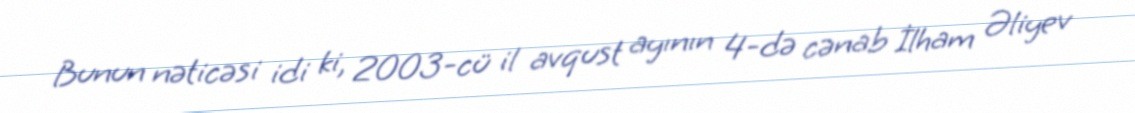
Bunun nəticəsi idi ki, 2003-cü il avqust ayının 4-də cənab İlham Əliyev